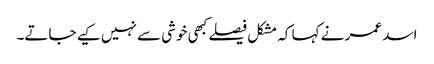
اسد عمر نے کہا کہ مشکل فیصلے کبھی خوشی سے نہیں کیے جاتے۔